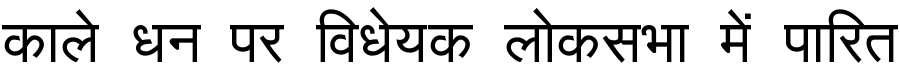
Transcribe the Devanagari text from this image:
काले धन पर विधेयक लोकसभा में पारित